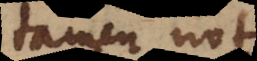
tamen notis